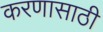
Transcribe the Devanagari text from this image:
करणासाठी